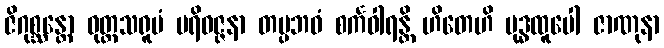
ဇိဂုစ္ဆန္တော ဝုတ္တသရူပံ ပရိဝဇ္ဇနာ တပ္ပဘဝံ စင်္ကဝါရန္တိ ဟိတေဟိ ဗုဒ္ဓထူပေါ ဇာဏုနာ